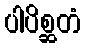
ပါပိစ္ဆတံ